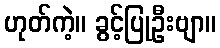
ဟုတ်ကဲ့။ ခွင့်ပြုဦးဗျာ။